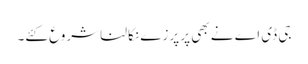
جی ڈی اے نے بھی پر پرزے نکالنا شروع کئے۔